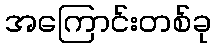
အကြောင်းတစ်ခု